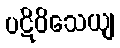
ပဋိဝိသေယျ